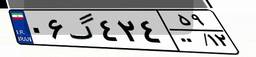
۰۶گ۴۲۴۵۹